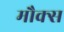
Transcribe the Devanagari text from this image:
मौक्स